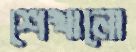
শেখানো